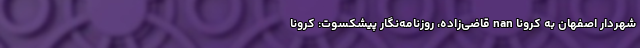
شهردار اصفهان به کرونا nan قاضی‌زاده، روزنامه‌نگار پیشکسوت: کرونا